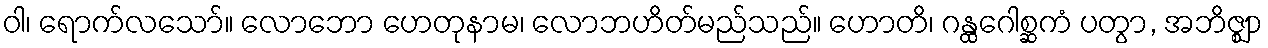
ဝါ၊ ရောက်လသော်။ လောဘော ဟေတုနာမ၊ လောဘဟိတ်မည်သည်။ ဟောတိ၊ ဂန္ထဂေါစ္ဆကံ ပတွာ, အဘိဇ္ဈာ